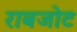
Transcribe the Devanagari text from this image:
राबजोट